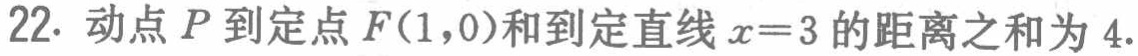
22. 动点\(P\)到定点\(F(1,0)\)和到定直线\(x = 3\)的距离之和为\(4\).